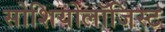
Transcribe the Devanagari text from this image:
सोशियोलॉजिस्ट